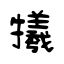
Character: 犧